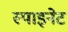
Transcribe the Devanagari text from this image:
स्पाइनेट